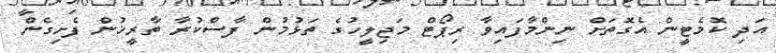
އަދި ކޮމެޓީން އެގޮތަށް ނިންމާފައިވާ ރިޕޯޓް މަޖިލީހުގެ ތަޅުމުން ފާސްކުރާ ތާރީޚުން ފެށިގެން